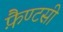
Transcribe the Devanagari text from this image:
फ़ैण्टसी